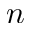
n